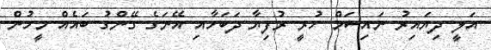
އަލީ ދިޔައިރު ނައިސަމް ހުރީ ރުފިޔާ ދަބަހާއި އޭނަގެ ގޭންގު ބައެއް މީހުން